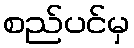
စည်ပင်မှ